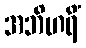
အဘိဟရိံ